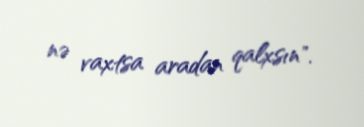
nə vaxtsa aradan qalxsın".